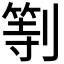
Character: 𠟚